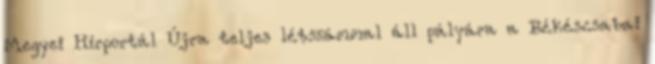
Megyei Hírportál Újra teljes létszámmal áll pályára a Békéscsabai